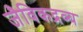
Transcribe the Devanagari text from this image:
जैविकद्रव्य